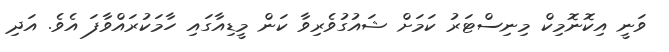
ވަނީ އިކޮނޮމިކް މިނިސްޓަރު ކަމަށް ޝައުގުވެރިވާ ކަން މީޑިއާގައި ހާމަކުރައްވާފަ އެވެ. އަދި